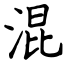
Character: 混